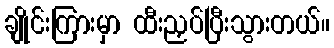
ချိုင်းကြားမှာ ထီးညှပ်ပြီးသွားတယ်။